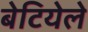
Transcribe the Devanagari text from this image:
बेटियेले